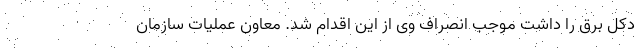
دکل برق را داشت موجب انصراف وی از این اقدام شد. معاون عملیات سازمان